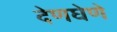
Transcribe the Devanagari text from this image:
देणघेणे